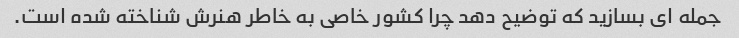
جمله ای بسازید که توضیح دهد چرا کشور خاصی به خاطر هنرش شناخته شده است.